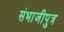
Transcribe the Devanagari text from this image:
संभाजीपुत्र